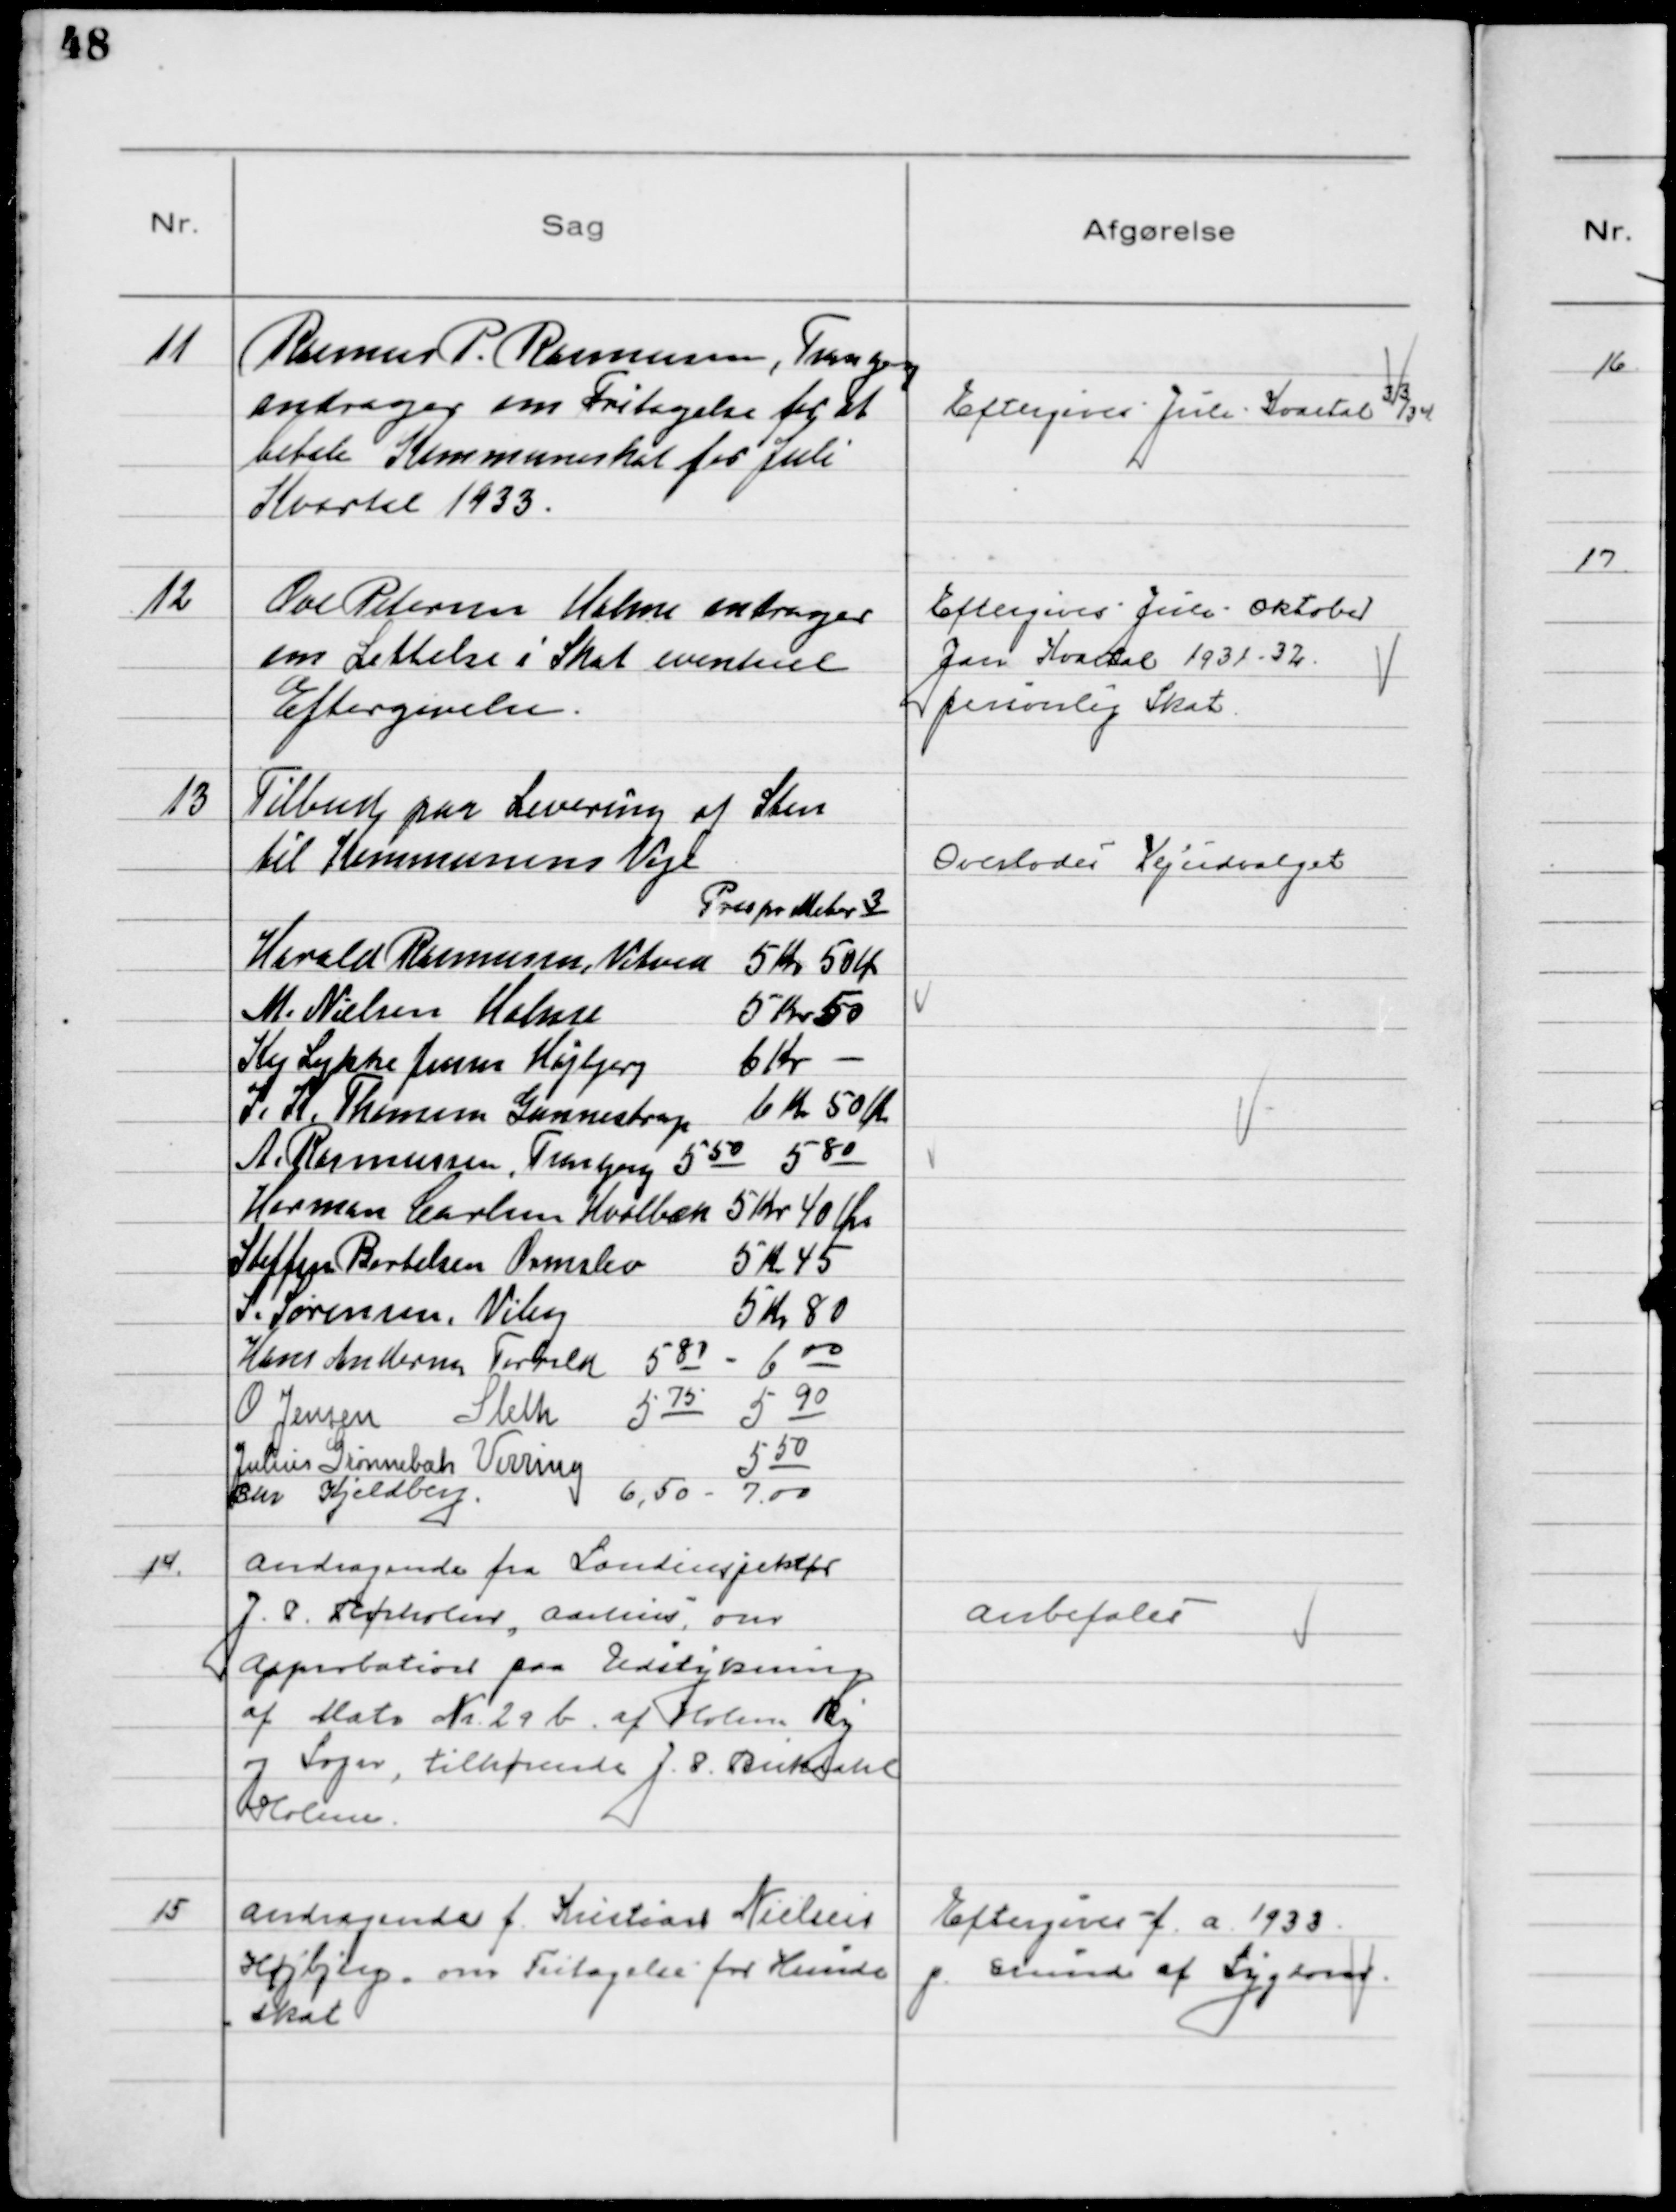
Transskription:
11
Rasmus P. Rasmussen, Tranbjerg
andrager om fritagelse for at
betale Kommuneskat for Juli
Kvartal 1933.

Eftergives Juli Kvartal 33/34

12
Ove Petersen Holme andrager
om Lettelse i Skat eventuel
Eftergivelse.

Eftergives Juli - Oktober
Jan Kvartal 1931 - 32
personlig Skat

13
Tilbud paa Levering af Sten
til Kommunens Veje
Pris pr Meter 3
Harald Rasmussen, Vitved 5 Kr 50 Øre
M. Nielsen Holme 5 Kr 50
Kaj Lykke Jensen Højbjerg 6 Kr
J. K. Thomsen Gunnestrup 6 Kr 50 Øre
A. Rasmussen, Tranbjerg 5 50 5 80
Herman Carlsen Hvolbæk 5 Kr 40 Øre
Steffen Bertelsen Ormslev 5 K 45
S. Sørensen, Viby 5 Kr 80
Hans Andersen, Torrild 5 80 - 6 00
O Jensen Sleth 5 75 5 90
Julius Grønnebak Virring 5 50
Chr Kjeldberg 6,50 - 7.00

Overlodes Vejudvalget

14
Andragende fra Landinspektør
J. P. Rørholm, Aarhus, om
Approbation paa Udstykning
af Matr Nr. 29 b af Holme By
og Sogn, tilhørende J. P. Bukdahl
Holme

Anbefales

15
Andragende f. Kristian Nielsen
Højbjerg, om Fritagelse for Hunde
skat

Eftergives f. a. 1933
p. Grund af Sygdom